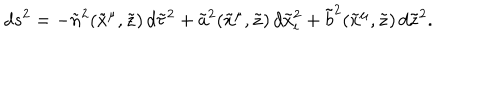
LaTeX: d s ^ { 2 } = - { \tilde { n } } ^ { 2 } ( { \tilde { x } } ^ { \mu } , { \tilde { z } } ) \, d { \tilde { \tau } } ^ { 2 } + { \tilde { a } } ^ { 2 } ( { \tilde { x } } ^ { \mu } , { \tilde { z } } ) \, d { \tilde { x } } _ { i } ^ { 2 } + { \tilde { b } } ^ { 2 } ( { \tilde { x } } ^ { \mu } , { \tilde { z } } ) \, d { \tilde { z } } ^ { 2 } .